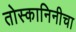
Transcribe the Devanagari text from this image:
तोस्कानिनीचा